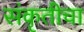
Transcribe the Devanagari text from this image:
संकृतीचा